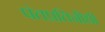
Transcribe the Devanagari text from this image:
पंतप्रतिनीधी